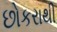
છોકરાથી